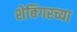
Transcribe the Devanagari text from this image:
शेबिंगरच्या